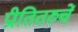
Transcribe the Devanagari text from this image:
प्रीतितरुचें